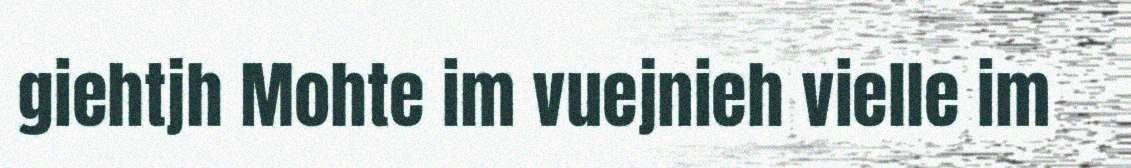
giehtjh Mohte im vuejnieh vielle im